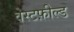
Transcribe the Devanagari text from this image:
वेस्टफ़ील्ड